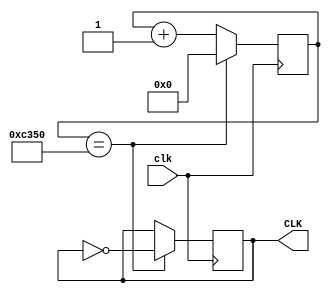
`timescale 1ns / 1ps

module DividerShow(clk,CLK);
    input clk;
    output reg CLK;
    
    reg[32:0] N = 50_000;      // 1Hz,N=fclk/fclk_N
    reg [31:0] counter;             /* 0(N/2-1) */
    
    initial begin
        CLK <= 0;
        counter <= 0;
    end
    always @(posedge clk)  begin    // 
        if(counter== N) begin
            CLK <= ~CLK;
            counter <=0;
        end
       else begin
           counter <= counter+1;
       end
    end 
endmodule